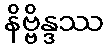
နိဗ္ဗိန္ဒဿ